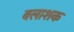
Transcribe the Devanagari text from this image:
बलाशक